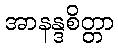
အာနန္ဒစိတ္တာ